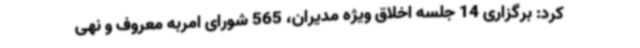
کرد: برگزاری 14 جلسه اخلاق ویژه مدیران، 565 شورای امربه معروف و نهی